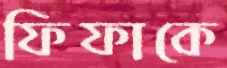
ফিফাকে